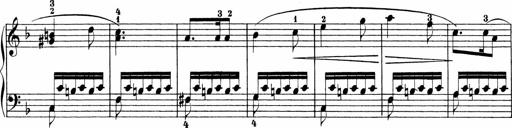
Title: Sonatinen Op.47, 98 und 136, nebst 6 Liedersonatinen
Composer: Carl Reinecke